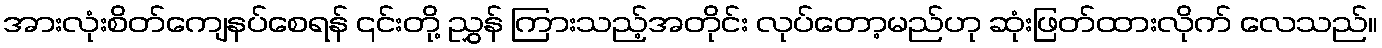
အားလုံးစိတ်ကျေနပ်စေရန် ၎င်းတို့ ညွှန် ကြားသည့်အတိုင်း လုပ်တော့မည်ဟု ဆုံးဖြတ်ထားလိုက် လေသည်။